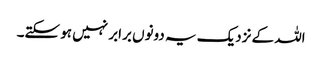
اللہ کے نزدیک یہ دونوں برابر نہیں ہو سکتے۔